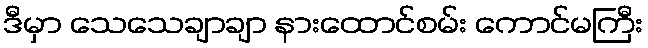
ဒီမှာ သေသေချာချာ နားထောင်စမ်း ကောင်မကြီး